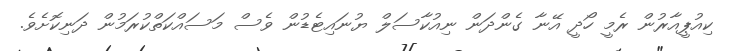
ކިއުޕީއާރުން ރެމީ ހޯދީ އޭނާ ގެންދަން ނިއުކާސަލް ޔުނައިޓެޑުން ވެސް މަސައްކަތްކުރަމުން ދަނިކޮށެވެ.